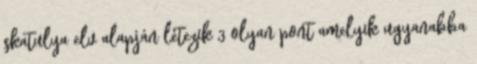
skatulya elv alapján létezik 3 olyan pont amelyik ugyanabba